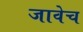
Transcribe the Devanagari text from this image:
जावेच